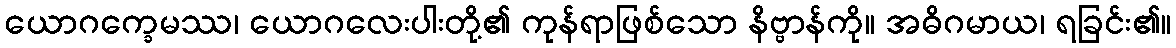
ယောဂက္ခေမဿ၊ ယောဂလေးပါးတို့၏ ကုန်ရာဖြစ်သော နိဗ္ဗာန်ကို။ အဓိဂမာယ၊ ရခြင်း၏။